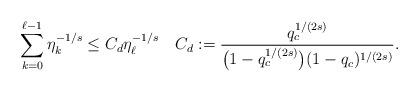
LaTeX: \begin{align*} \sum_{k=0}^{\ell-1}\eta_k^{-1/s}\le C_d \eta_\ell^{-1/s}\quad C_d:=\frac{q_c^{1/(2s)}}{\big(1-q_c^{1/(2s)}\big)(1-q_c)^{1/(2s)}}. \end{align*}